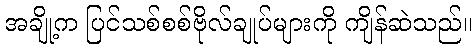
အချို့က ပြင်သစ်စစ်ဗိုလ်ချုပ်များကို ကျိန်ဆဲသည်။